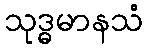
သုဒ္ဓမာနသံ